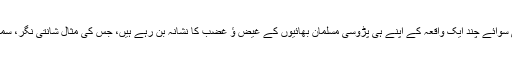
مگر میں یہ کہتا ہوں کہ اقلیتیں بل خصوص مسیحی سوائے چند ایک واقعہ کے اپنے ہی پڑوسی مسلمان بھائیوں کے غیض ؤ غضب کا نشانہ بن رہے ہیں، جس کی مثال شانتی نگر، سمبڑیال، تحسین ٹاؤن، گوجرہ، جوزف کالونی وغیرہ ۔